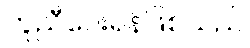
ကူညီပေးရန်ဖြစ်သည်